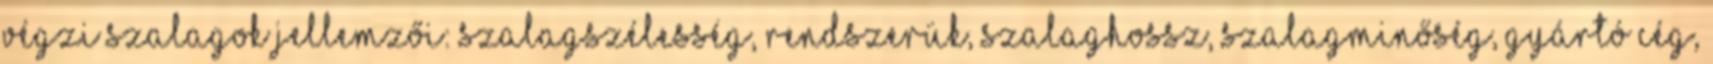
végzi Szalagok jellemzői: szalagszélesség, rendszerük, szalaghossz, szalagminőség, gyártó cég,